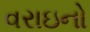
વરાઇનો